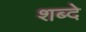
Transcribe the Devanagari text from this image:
शब्दे